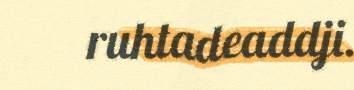
ruhtadeaddji.